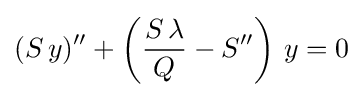
(S\,y)''+\left({\frac {S\,\lambda }{Q}}-S''\right)\,y=0